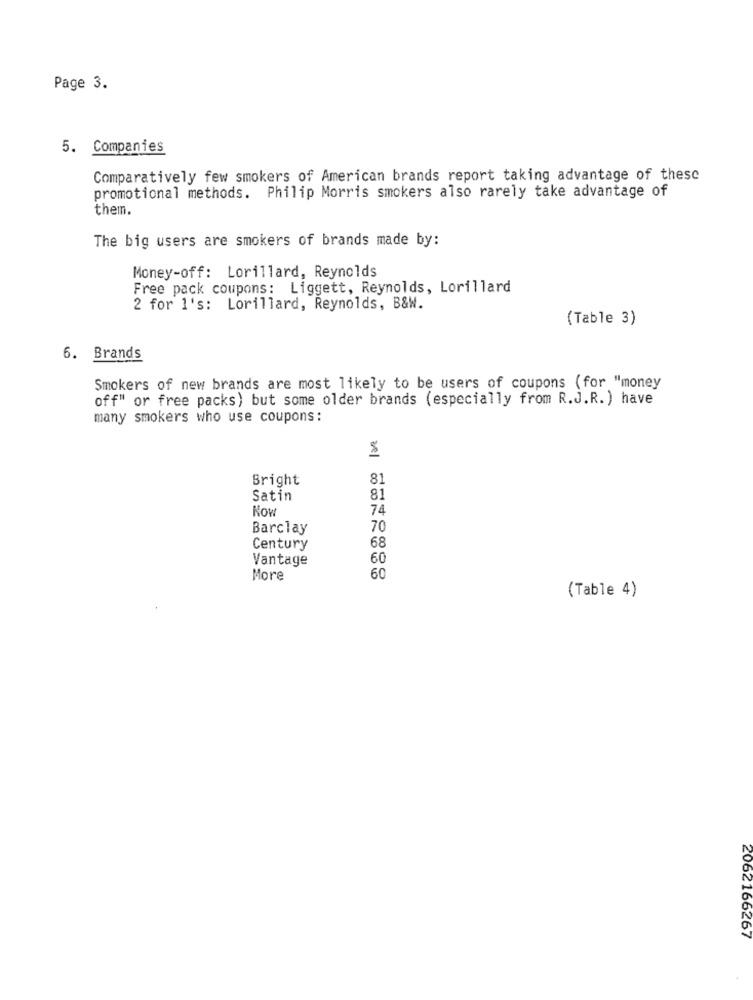
Page 3.
5. Companies
Comparatively few smokers of American brands report taking advantage of these
promotional methods. Philip Morris smokers also rarely take advantage of
them.
The big users are smokers of brands made by:
Money-off: Lorillard, Reynolds
Free pack coupons: Liggett, Reynolds, Lorillard
2 for 1's: Lorillard, Reynolds, B&W.
(Table 3)
6. Brands
Smokers of new brands are most likely to be users of coupons (for "money
off" or free packs) but some older brands (especially from R.J.R. ) have
many smokers who use coupons:
Bright
81
Satin
81
Now
74
Barclay
70
Century
68
Vantage
60
More
60
(Table 4)
2062166267